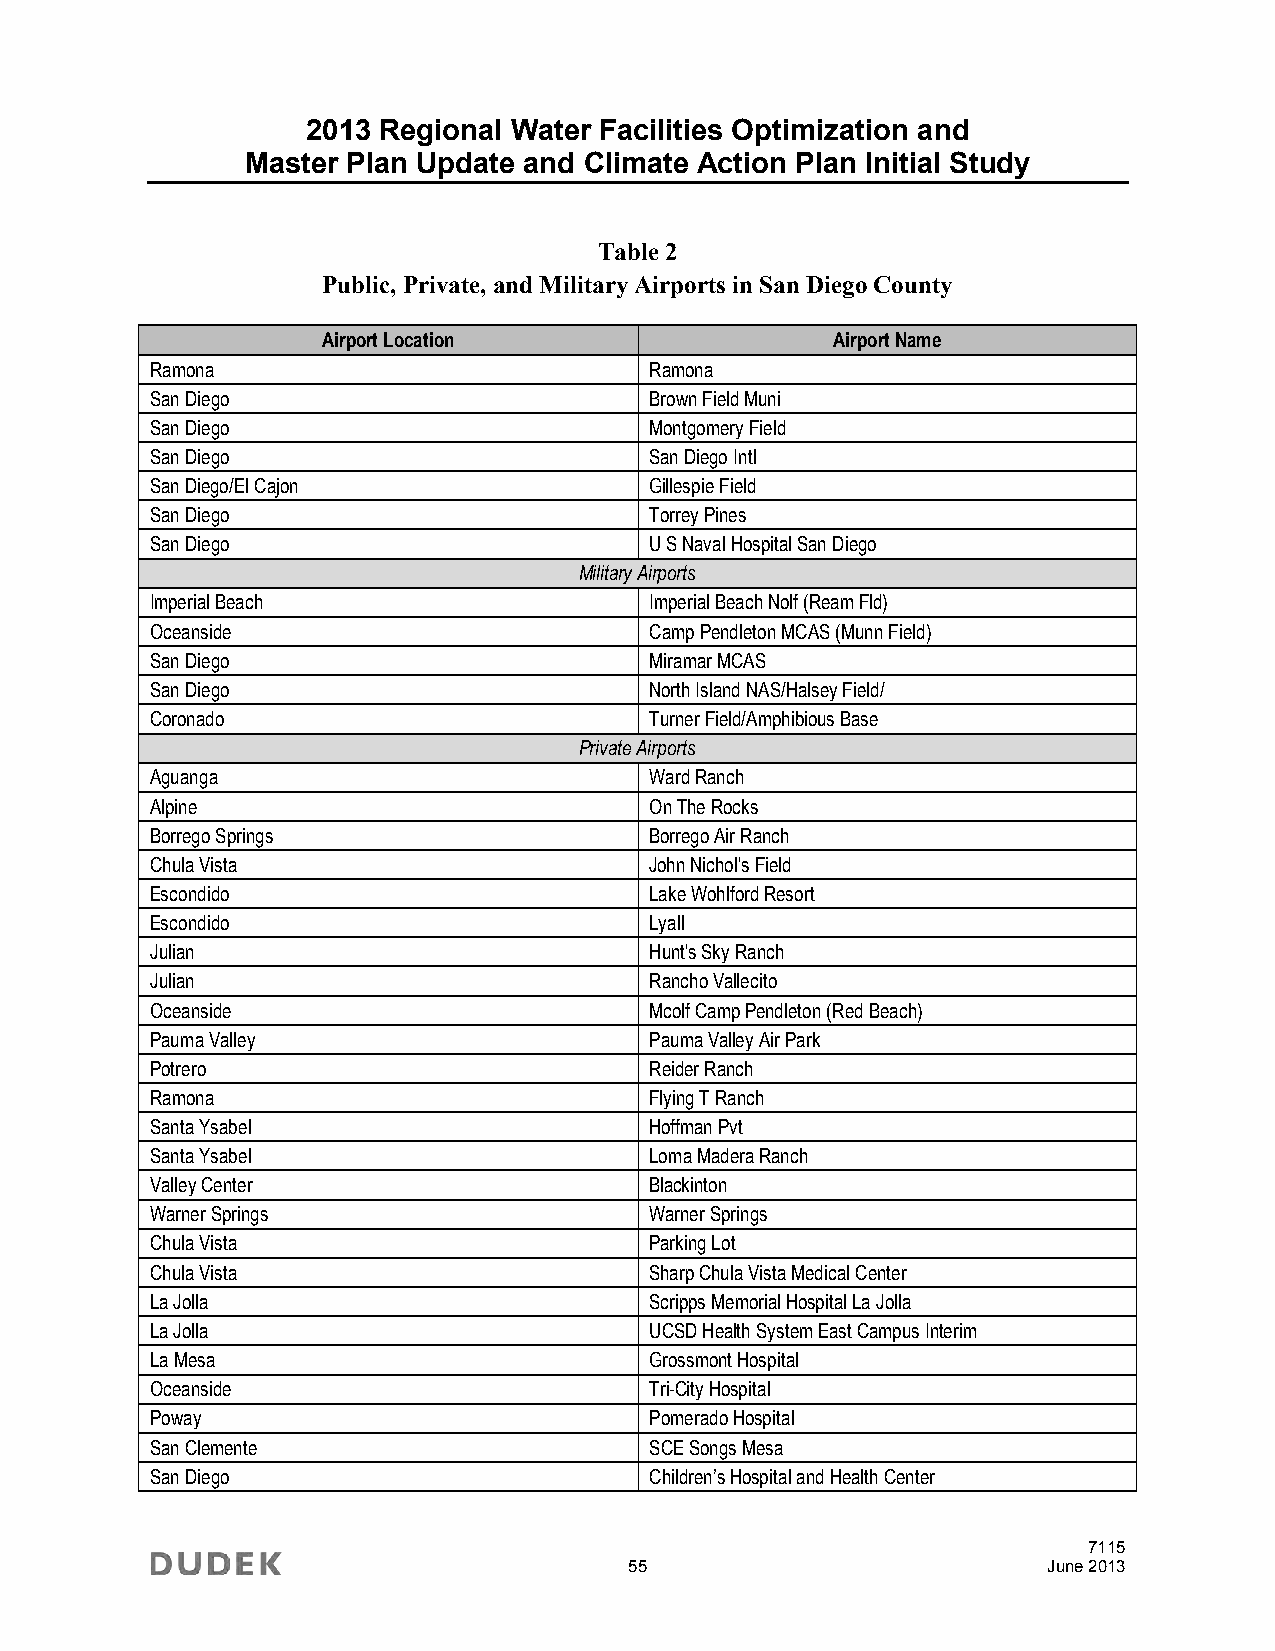
2013 Regional Water Facilities Optimization and
 Master Plan Update and Climate Action Plan Initial Study
 Table 2
 Public, Private, and Military Airports in San Diego County
 Airport Location                  Airport Name
 Ramona                           Ramona
 San Diego                        Brown Field Muni
 San Diego                        Montgomery Field
 San Diego                        San Diego Intl
 San Diego/El Cajon               Gillespie Field
 San Diego                        Torrey Pines
 San Diego                        U S Naval Hospital San Diego
 Military Airports
 Imperial Beach                   Imperial Beach Nolf (Ream Fld)
 Oceanside                        Camp Pendleton MCAS (Munn Field)
 San Diego                        Miramar MCAS
 San Diego                        North Island NAS/Halsey Field/
 Coronado                         Turner Field/Amphibious Base
 Private Airports
 Aguanga                          Ward Ranch
 Alpine                           On The Rocks
 Borrego Springs                  Borrego Air Ranch
 Chula Vista                      John Nichol's Field
 Escondido                        Lake Wohlford Resort
 Escondido                        Lyall
 Julian                           Hunt's Sky Ranch
 Julian                           Rancho Vallecito
 Oceanside                        Mcolf Camp Pendleton (Red Beach)
 Pauma Valley                     Pauma Valley Air Park
 Potrero                          Reider Ranch
 Ramona                           Flying T Ranch
 Santa Ysabel                     Hoffman Pvt
 Santa Ysabel                     Loma Madera Ranch
 Valley Center                    Blackinton
 Warner Springs                   Warner Springs
 Chula Vista                      Parking Lot
 Chula Vista                      Sharp Chula Vista Medical Center
 La Jolla                         Scripps Memorial Hospital La Jolla
 La Jolla                         UCSD Health System East Campus Interim
 La Mesa                          Grossmont Hospital
 Oceanside                        Tri-City Hospital
 Poway                            Pomerado Hospital
 San Clemente                     SCE Songs Mesa
 San Diego                        Children’s Hospital and Health Center
 7115
 55                         June 2013